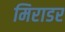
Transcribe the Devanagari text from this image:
मिराडर